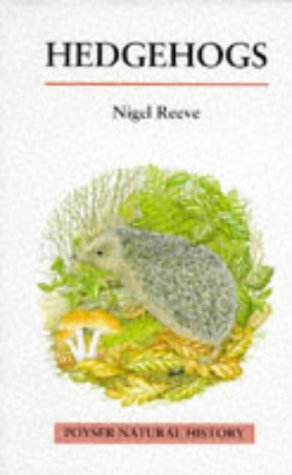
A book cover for Hedgehogs (Poyser Natural History); Nigel Reeve; Sports & Outdoors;